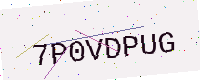
Text: 7P0VDPUG